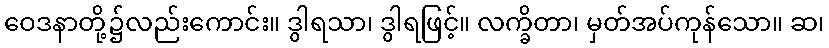
ဝေဒနာတို့၌လည်းကောင်း။ ဒွါရသာ၊ ဒွါရဖြင့်။ လက္ခိတာ၊ မှတ်အပ်ကုန်သော။ ဆ၊